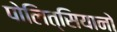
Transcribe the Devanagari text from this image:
पोलित्सियानो